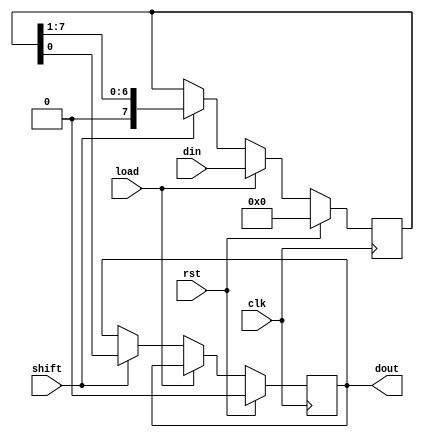
module piso(dout, din, load, shift, clk, rst);
	input [7:0]din;
	input load, shift, clk, rst;
	output reg dout;
	reg [7:0] inter;
	integer count = 0;
	always@(posedge clk) begin
		if(rst) begin
			inter <= 0;
			dout <= 0;
			count = 0;
		end
		else begin
			if(load)
				inter <= din;
			else if(shift) begin
				dout <= inter[0];
				inter <= inter>>1;
				count = count + 1;
			end
		end
	end
endmodule